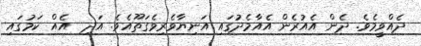
ދެއްވީމެވެ. ދެން އެއުރެން އެއާމެދުގައި އަނިޔާވެރިވެގަތޫއެވެ. އަދި  އެއް ކަމުގައި